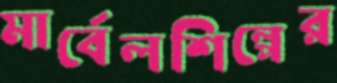
মার্বেলশিল্পের